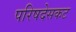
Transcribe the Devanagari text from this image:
परिषदेसकट